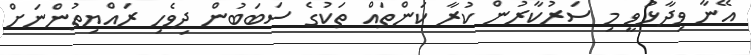
އޭނާ ވިދާޅުވީ މި ސަރުކާރުން ކުރާ ކަންތައް ތަކުގެ ސަބަބުން ދިވެހި ރައްޔިތުންނަށް